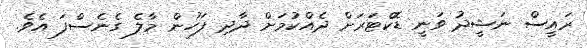
ރައީސް ނަޝީދު ވަނީ ޑޮކްޓަރަށް ދެއްކުމަށް ދާދި ފަހުން މާލެ ގެނެސްފަ އެވެ.